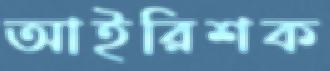
আইরিশক